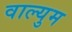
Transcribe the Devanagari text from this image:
वाल्युम